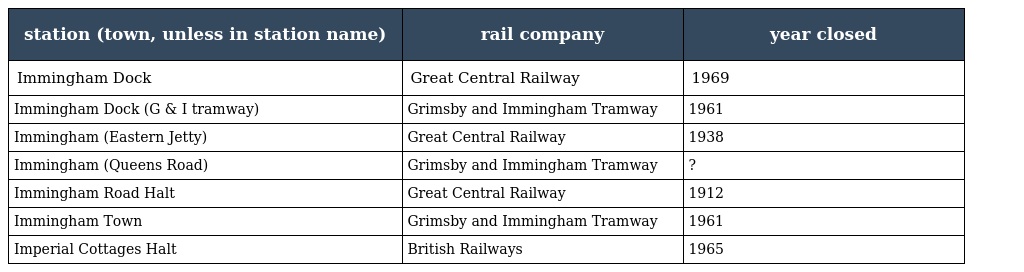
| station (town, unless in station name) | rail company | year closed |
 | --- | --- | --- |
 | Immingham Dock | Great Central Railway | 1969 |
 | Immingham Dock (G & I tramway) | Grimsby and Immingham Tramway | 1961 |
 | Immingham (Eastern Jetty) | Great Central Railway | 1938 |
 | Immingham (Queens Road) | Grimsby and Immingham Tramway | ? |
 | Immingham Road Halt | Great Central Railway | 1912 |
 | Immingham Town | Grimsby and Immingham Tramway | 1961 |
 | Imperial Cottages Halt | British Railways | 1965 |